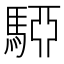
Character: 𩤷